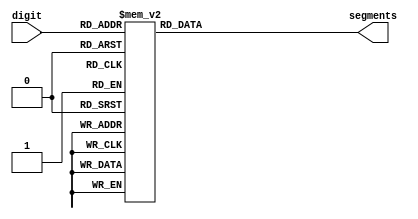
`timescale 1ns / 1ps

module sseg_hex_decoder(
 input [3:0] digit,
 output reg [6:0] segments
 );

          always @(digit)
      case (digit)
          4'b0000 : segments = 7'b1000000;   // 0
          4'b0001 : segments = 7'b1111001;   // 1
          4'b0010 : segments = 7'b0100100;   // 2
          4'b0011 : segments = 7'b0110000;   // 3
          4'b0100 : segments = 7'b0011001;   // 4
          4'b0101 : segments = 7'b0010010;   // 5
          4'b0110 : segments = 7'b0000010;   // 6
          4'b0111 : segments = 7'b1111000;   // 7
          4'b1000 : segments = 7'b0000000;   // 8
          4'b1001 : segments = 7'b0010000;   // 9
          4'b1010 : segments = 7'b0001000;   // A
          4'b1011 : segments = 7'b0000011;   // b
          4'b1100 : segments = 7'b1000110;   // C
          4'b1101 : segments = 7'b0100001;   // d
          4'b1110 : segments = 7'b0000110;   // E
          4'b1111 : segments = 7'b0001110;   // F
          default : segments = 7'b1111111; //can't happen
      endcase   
endmodule